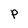
Character: P